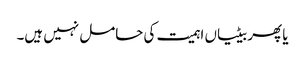
یا پھر بیٹیاں اہمیت کی حامل نہیں ہیں۔